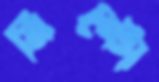
মিন্টো